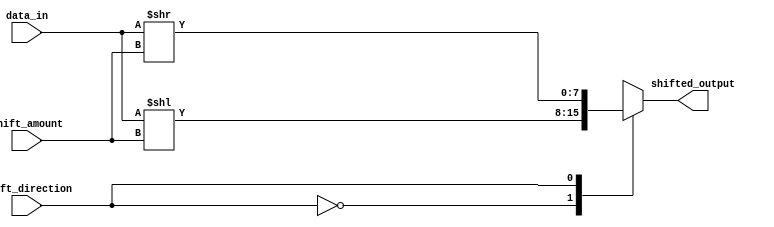
module barrel_shifter (
  input [7:0] data_in,
  input [2:0] shift_amount,
  input shift_direction,
  output reg [7:0] shifted_output
);

  always @(*) begin
    case(shift_direction)
      1'b0: shifted_output = data_in << shift_amount; // Left shift
      1'b1: shifted_output = data_in >> shift_amount; // Right shift
    endcase
  end

endmodule